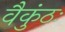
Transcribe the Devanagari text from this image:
वैकुंठः